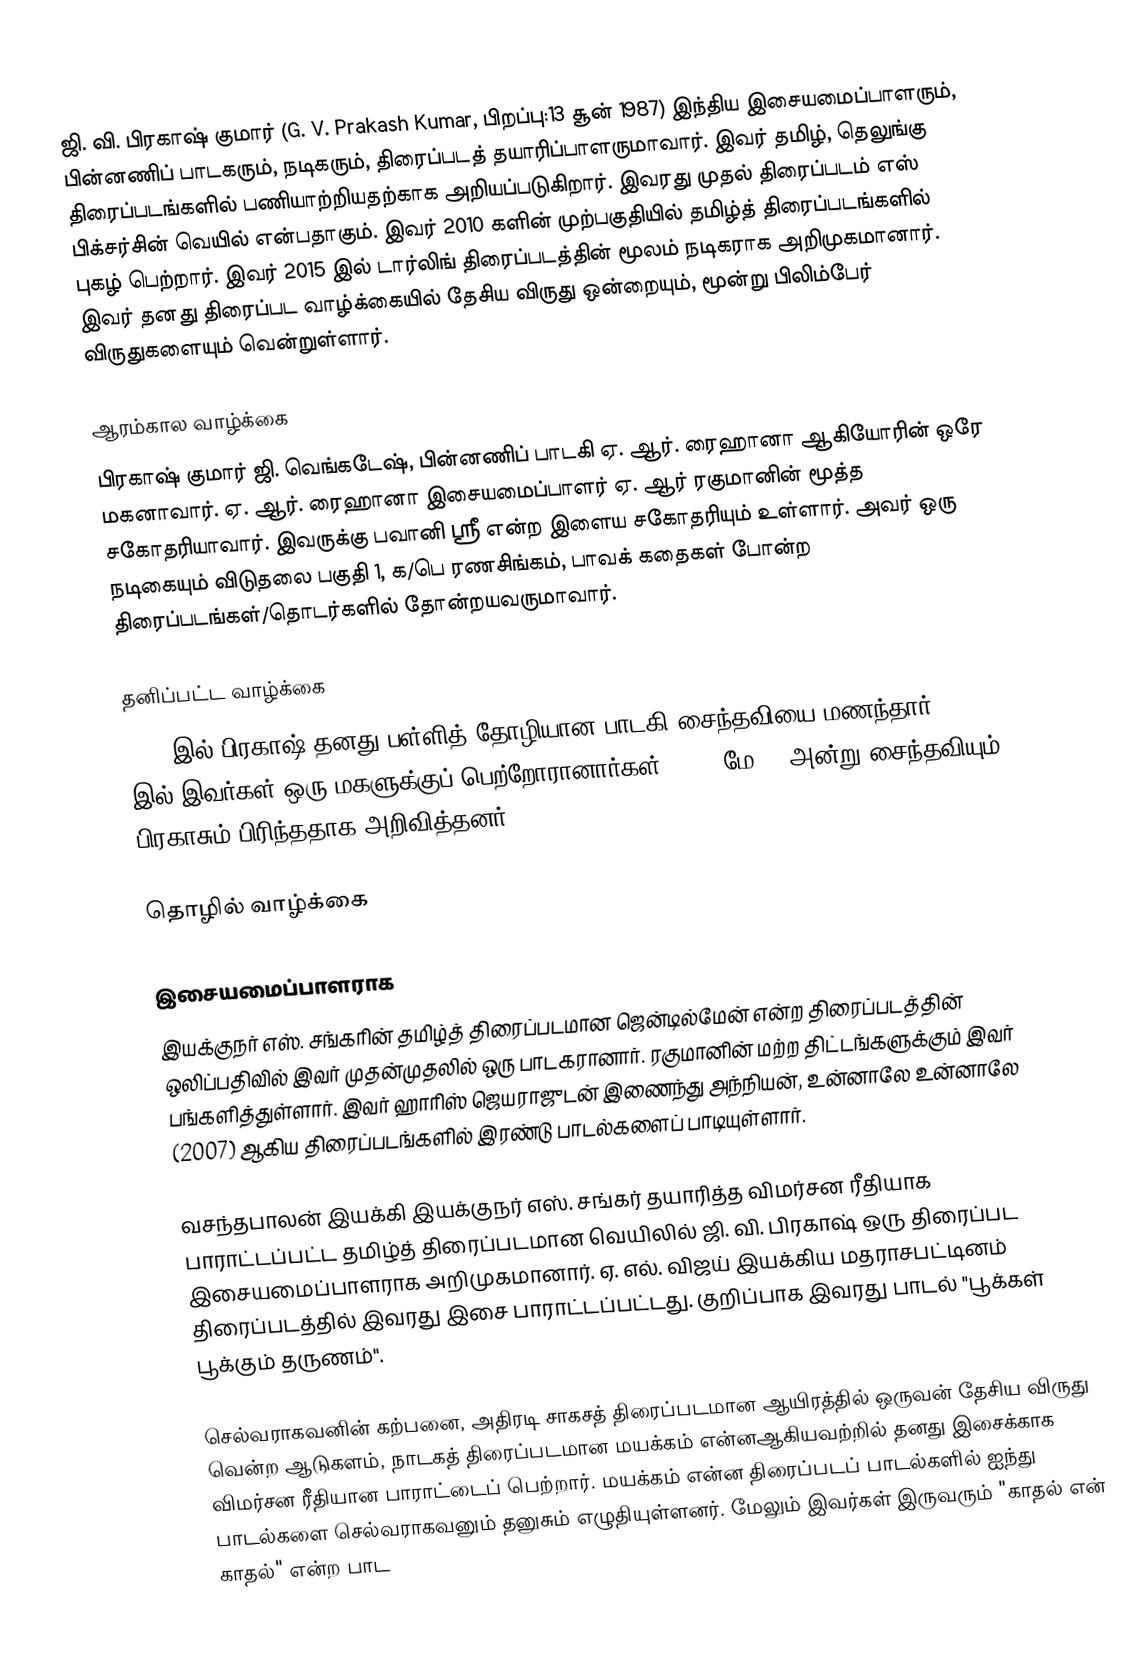
ஜி. வி. பிரகாஷ் குமார் (G. V. Prakash Kumar, பிறப்பு:13 சூன் 1987) இந்திய இசையமைப்பாளரும், பின்னணிப் பாடகரும், நடிகரும், திரைப்படத் தயாரிப்பாளருமாவார். இவர் தமிழ், தெலுங்கு திரைப்படங்களில் பணியாற்றியதற்காக அறியப்படுகிறார். இவரது முதல் திரைப்படம் எஸ் பிக்சர்சின் வெயில் என்பதாகும். இவர் 2010 களின் முற்பகுதியில் தமிழ்த் திரைப்படங்களில் புகழ் பெற்றார். இவர் 2015 இல் டார்லிங் திரைப்படத்தின் மூலம் நடிகராக அறிமுகமானார். இவர் தனது திரைப்பட வாழ்க்கையில் தேசிய விருது ஒன்றையும், மூன்று பிலிம்பேர் விருதுகளையும் வென்றுள்ளார்.

ஆரம்கால வாழ்க்கை
பிரகாஷ் குமார் ஜி. வெங்கடேஷ், பின்னணிப் பாடகி ஏ. ஆர். ரைஹானா ஆகியோரின் ஒரே மகனாவார். ஏ. ஆர். ரைஹானா இசையமைப்பாளர் ஏ. ஆர் ரகுமானின் மூத்த சகோதரியாவார். இவருக்கு பவானி ஸ்ரீ என்ற இளைய சகோதரியும் உள்ளார். அவர் ஒரு நடிகையும் விடுதலை பகுதி 1, க/பெ ரணசிங்கம், பாவக் கதைகள் போன்ற திரைப்படங்கள்/தொடர்களில் தோன்றயவருமாவார்.

தனிப்பட்ட வாழ்க்கை
2013 இல் பிரகாஷ் தனது பள்ளித் தோழியான பாடகி சைந்தவியை மணந்தார். 2020 இல் இவர்கள் ஒரு மகளுக்குப் பெற்றோரானார்கள். 2024 மே 13 அன்று சைந்தவியும் பிரகாசும் பிரிந்ததாக அறிவித்தனர்.

தொழில் வாழ்க்கை

இசையமைப்பாளராக
இயக்குநர் எஸ். சங்கரின் தமிழ்த் திரைப்படமான ஜென்டில்மேன் என்ற திரைப்படத்தின் ஒலிப்பதிவில் இவர் முதன்முதலில் ஒரு பாடகரானார். ரகுமானின் மற்ற திட்டங்களுக்கும் இவர் பங்களித்துள்ளார். இவர் ஹாரிஸ் ஜெயராஜுடன் இணைந்து அந்நியன், உன்னாலே உன்னாலே (2007) ஆகிய திரைப்படங்களில் இரண்டு பாடல்களைப் பாடியுள்ளார்.

வசந்தபாலன் இயக்கி இயக்குநர் எஸ். சங்கர் தயாரித்த விமர்சன ரீதியாக பாராட்டப்பட்ட தமிழ்த் திரைப்படமான வெயிலில் ஜி. வி. பிரகாஷ் ஒரு திரைப்பட இசையமைப்பாளராக அறிமுகமானார். ஏ. எல். விஜய் இயக்கிய மதராசபட்டினம் திரைப்படத்தில் இவரது இசை பாராட்டப்பட்டது. குறிப்பாக இவரது பாடல் "பூக்கள் பூக்கும் தருணம்".

செல்வராகவனின் கற்பனை, அதிரடி சாகசத் திரைப்படமான ஆயிரத்தில் ஒருவன் தேசிய விருது வென்ற ஆடுகளம், நாடகத் திரைப்படமான மயக்கம் என்னஆகியவற்றில் தனது இசைக்காக விமர்சன ரீதியான பாராட்டைப் பெற்றார்.  மயக்கம் என்ன திரைப்படப் பாடல்களில் ஐந்து பாடல்களை செல்வராகவனும் தனுசும் எழுதியுள்ளனர். மேலும் இவர்கள் இருவரும் "காதல் என் காதல்" என்ற பாட